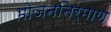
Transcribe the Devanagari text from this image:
भोजननिर्माण